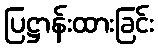
ပြဋ္ဌာန်းထားခြင်း